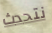
نتحدث